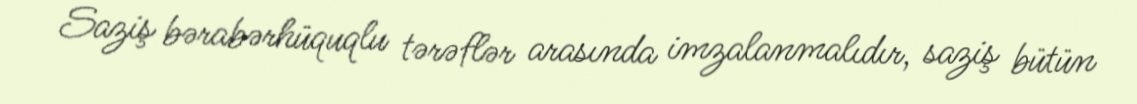
Saziş bərabərhüquqlu tərəflər arasında imzalanmalıdır, saziş bütün